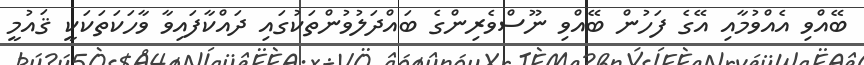
ބޭއްވި އެއްވުމާއި އޭގެ ފަހުން ބޭއްވި ނޫސްވެރިންގެ ބައްދަލުވުންތަކުގައި ދައްކާފައިވާ ވާހަކަތަކަކީ ޤައުމީ